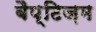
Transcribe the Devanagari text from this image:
बैप्टिज़म